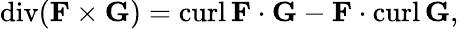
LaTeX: \operatorname{div}(\mathbf{F}\times\mathbf{G})=\operatorname{curl}\mathbf{F}\cdot\mathbf{G}-\mathbf{F}\cdot\operatorname{curl}\mathbf{G},